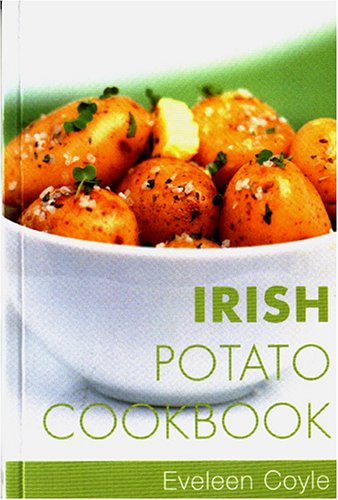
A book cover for Irish Potato Cookbook; Eveleen Coyle; Cookbooks, Food & Wine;